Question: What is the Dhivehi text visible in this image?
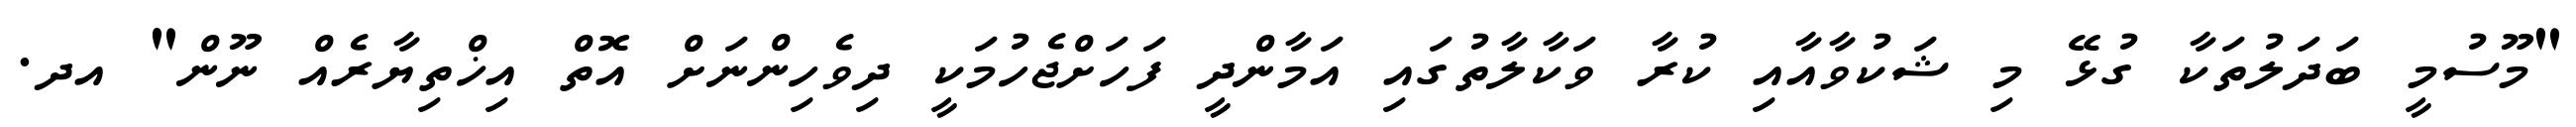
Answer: "މޫސުމީ ބަދަލުތަކާ ގުޅޭ މި ޝަކުވާއާއި ކުރާ ވަކާލާތުގައި އަމާންދީ ފަހަށްޖެހުމަކީ ދިވެހިންނަށް އޮތް އިޚްތިޔާރެއް ނޫން" އދ.